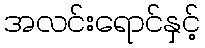
အလင်းရောင်နှင့်